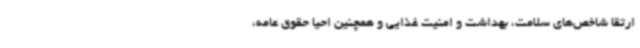
ارتقا شاخص‌های سلامت، بهداشت و امنیت غذایی و همچنین احیا حقوق عامه،